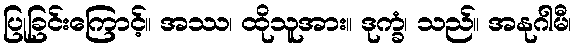
ပြုခြင်းကြောင့်။ အဿ၊ ထိုသူအား။ ဒုက္ခံ၊ သည်။ အနုဂါမီ၊